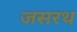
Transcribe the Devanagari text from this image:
जसरथ